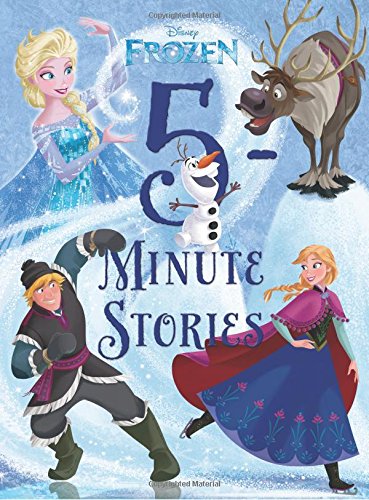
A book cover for Frozen 5-Minute Frozen Stories (5-Minute Stories); Disney Book Group; Children's Books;